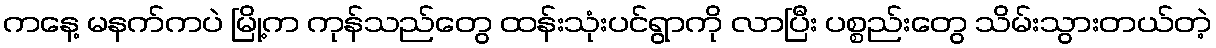
ကနေ့ မနက်ကပဲ မြို့က ကုန်သည်တွေ ထန်းသုံးပင်ရွာကို လာပြီး ပစ္စည်းတွေ သိမ်းသွားတယ်တဲ့